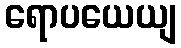
ရောပယေယျ